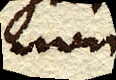
non